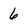
Character: 6